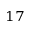
_ { 1 7 }